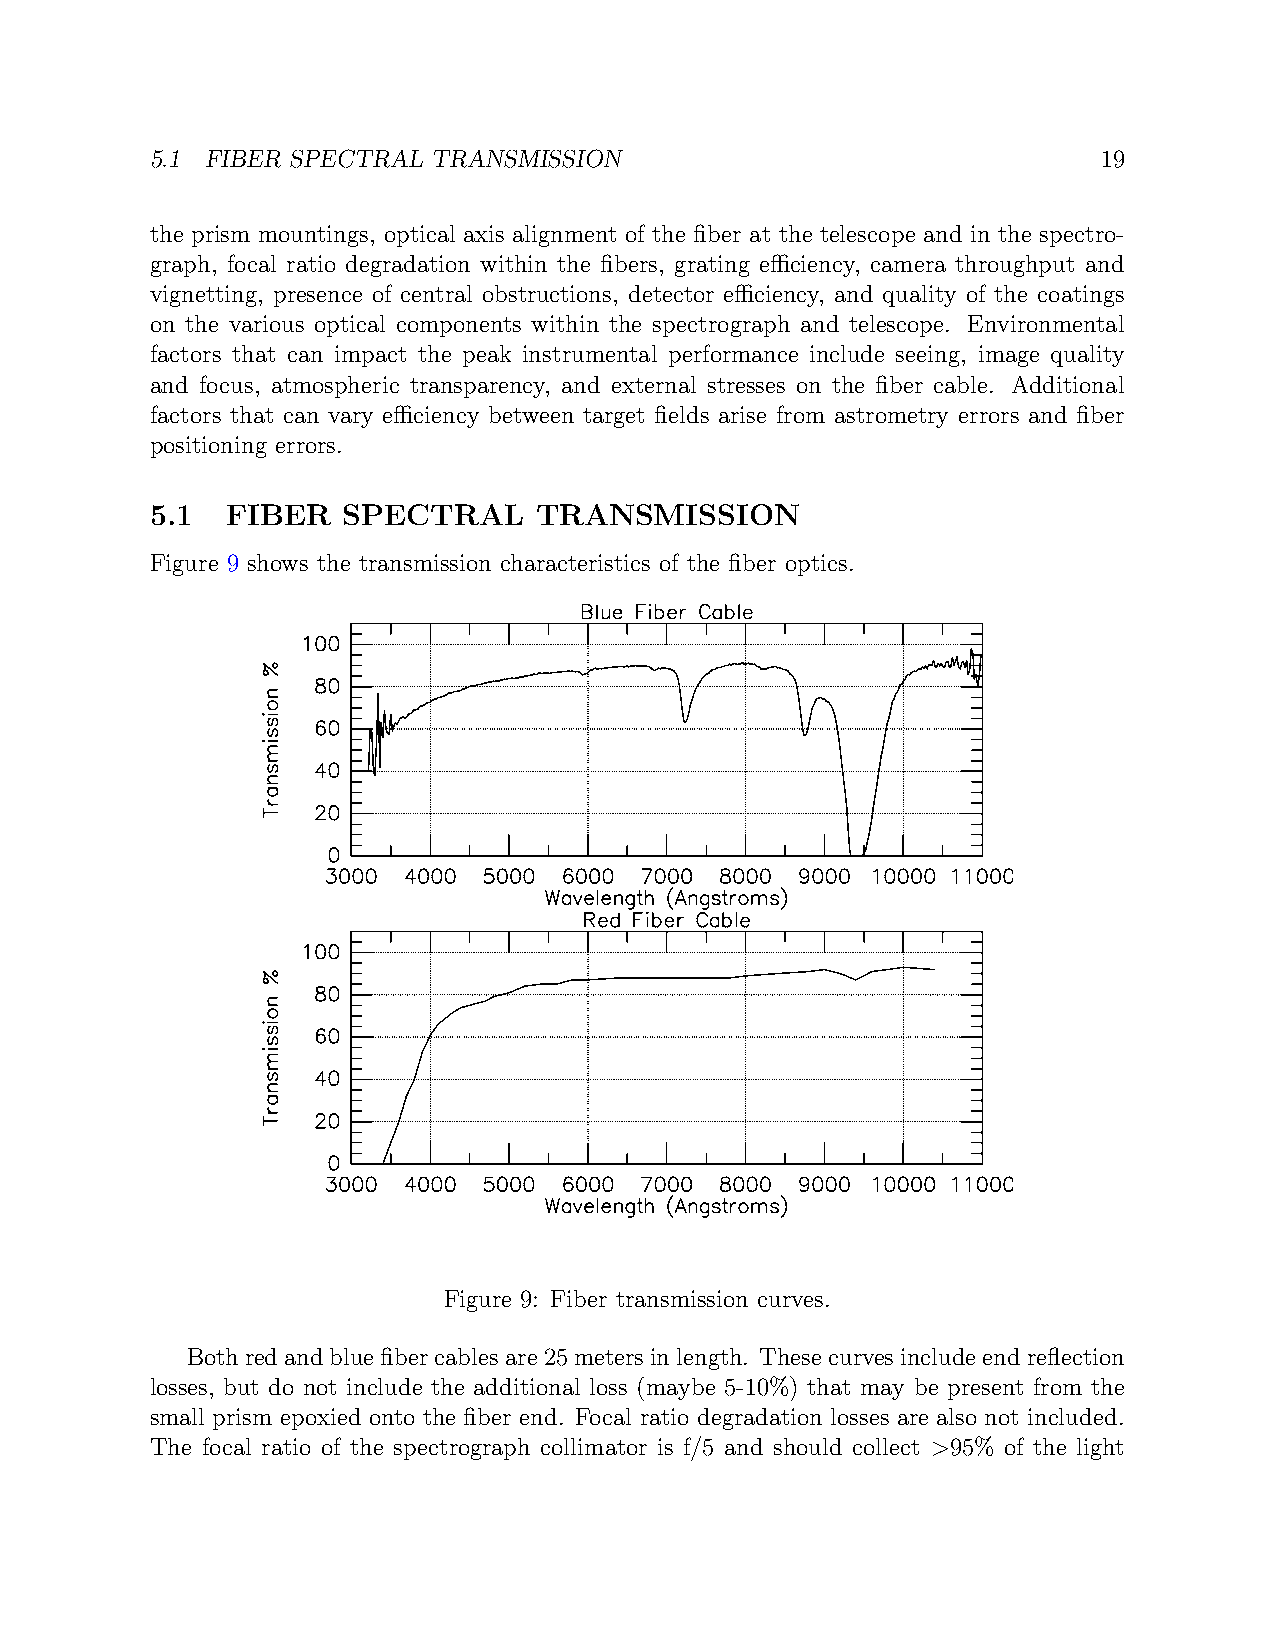
5.1 FIBER SPECTRAL TRANSMISSION                                19
 the prism mountings, optical axis alignment of the fiber at the telescope and in the spectro-
 graph, focal ratio degradation within the fibers, grating efficiency, camera throughput and
 vignetting, presence of central obstructions, detector efficiency, and quality of the coatings
 on the various optical components within the spectrograph and telescope. Environmental
 factors that can impact the peak instrumental performance include seeing, image quality
 and focus, atmospheric transparency, and external stresses on the fiber cable. Additional
 factors that can vary efficiency between target fields arise from astrometry errors and fiber
 positioning errors.
 5.1  FIBER   SPECTRAL    TRANSMISSION
 Figure 9 shows the transmission characteristics of the fiber optics.
 Figure 9: Fiber transmission curves.
 Bothredandbluefibercablesare25metersinlength. Thesecurvesincludeendreflection
 losses, but do not include the additional loss (maybe 5-10%) that may be present from the
 small prism epoxied onto the fiber end. Focal ratio degradation losses are also not included.
 The focal ratio of the spectrograph collimator is f/5 and should collect >95% of the light